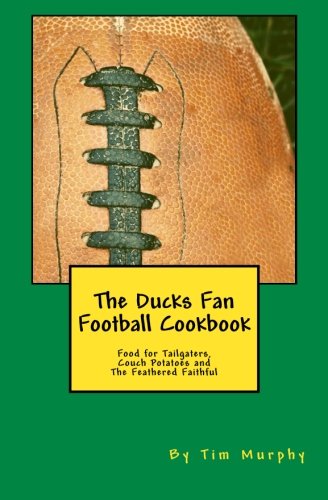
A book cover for The Ducks Fan Football Cookbook: Food for Tailgaters, Couch Potatoes & The Feathered Faithful (Cookbooks for Guys) (Volume 36); Tim Murphy; Cookbooks, Food & Wine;